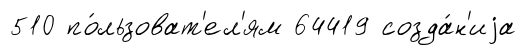
510 по́льзоват'ел'ям 64419 созда́н'иjа